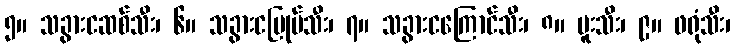
၅။ သခွားငဆစ်သီး၊ ၆။ သခွားငပြုပ်သီး၊ ၇။ သခွားငကြောင်သီး၊ ၈။ ဗူးသီး၊ ၉။ ဖရုံသီး၊